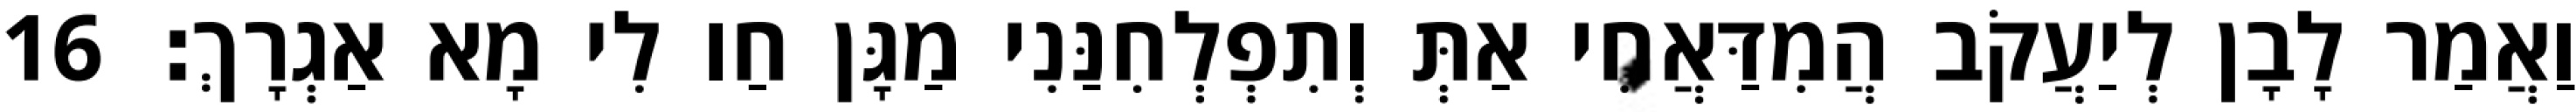
וַאֲמַר לָבָן לְיַעֲקֹב הֲמִדַּאֲחִי אַתְּ וְתִפְלְחִנַּנִי מַגָּן חַו לִי מָא אַגְרָךְ׃ 16